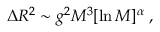
\Delta R ^ { 2 } \sim g ^ { 2 } M ^ { 3 } [ \ln M ] ^ { \alpha } \; ,